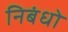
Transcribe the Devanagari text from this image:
निबंधो